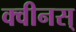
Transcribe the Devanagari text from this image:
क्वीनस्